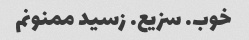
خوب. سزیع. زسید ممنونم